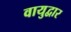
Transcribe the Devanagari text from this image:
वायुद्वार